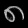
Digit: ၈